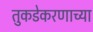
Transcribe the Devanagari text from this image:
तुकडेकरणाच्या